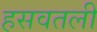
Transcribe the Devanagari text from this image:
हसवतली